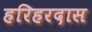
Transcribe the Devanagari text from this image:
हरिहरदास